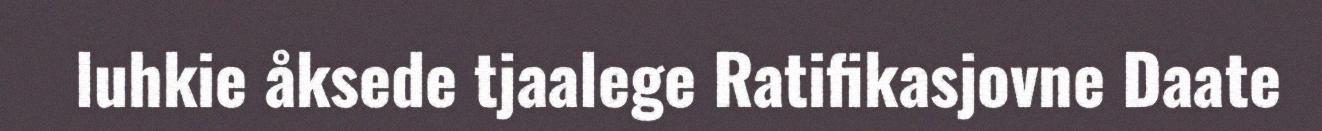
luhkie åksede tjaalege Ratifikasjovne Daate